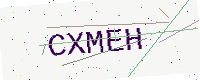
Text: CXMEH